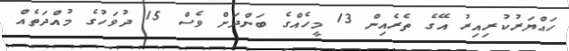
ހައްޔަރުކުރިއިރު އޭގެ ތެރެއިން 13 މީހެއްގެ ބަންދަށް ވެސް 15 ދުވަހުގެ މުއްދަތެއް